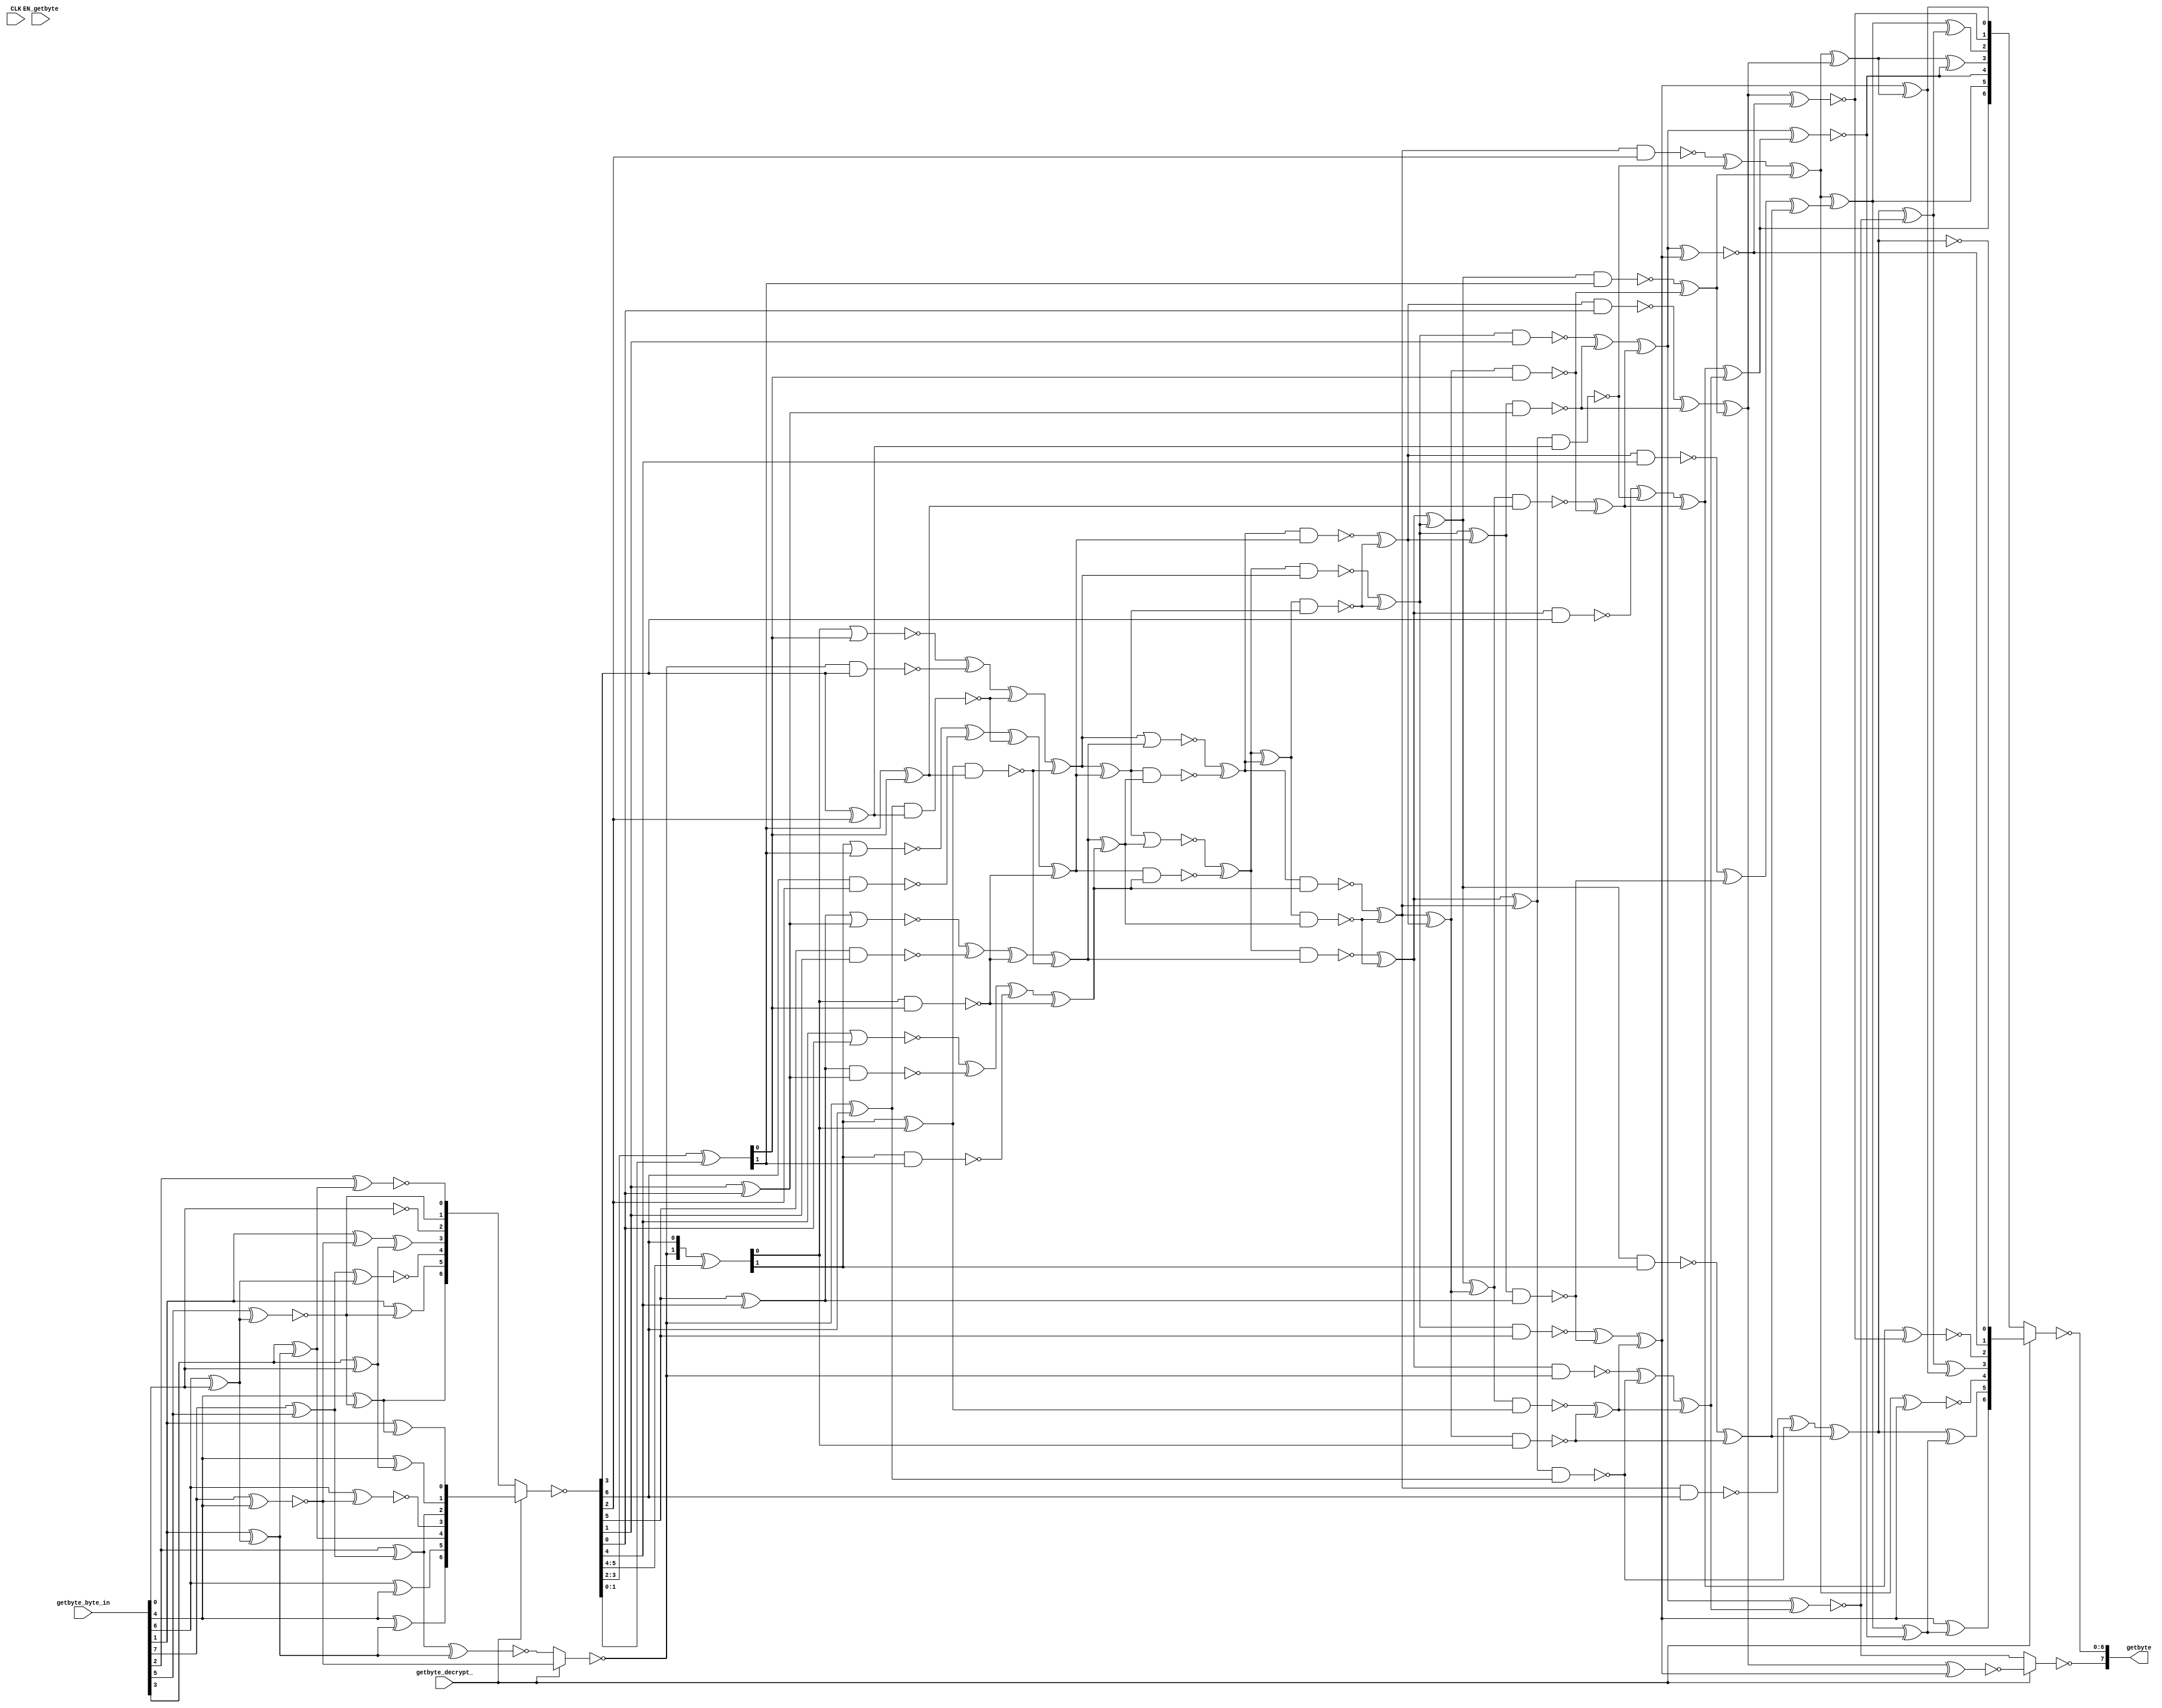
//
// Generated by Bluespec Compiler, version 2021.07-1-gaf77efcd (build af77efcd)
//
// On Fri Jan 28 02:02:43 IST 2022
//
//
// Ports:
// Name                         I/O  size props
// getbyte                        O     8
// CLK                            I     1 unused
// getbyte_byte_in                I     8
// getbyte_decrypt_               I     1
// EN_getbyte                     I     1 unused
//
// Combinational paths from inputs to outputs:
//   (getbyte_byte_in, getbyte_decrypt_) -> getbyte
//
//

`ifdef BSV_ASSIGNMENT_DELAY
`else
  `define BSV_ASSIGNMENT_DELAY
`endif

`ifdef BSV_POSITIVE_RESET
  `define BSV_RESET_VALUE 1'b1
  `define BSV_RESET_EDGE posedge
`else
  `define BSV_RESET_VALUE 1'b0
  `define BSV_RESET_EDGE negedge
`endif

module mkSbox2(CLK,

	       getbyte_byte_in,
	       getbyte_decrypt_,
	       EN_getbyte,
	       getbyte);
  input  CLK;

  // actionvalue method getbyte
  input  [7 : 0] getbyte_byte_in;
  input  getbyte_decrypt_;
  input  EN_getbyte;
  output [7 : 0] getbyte;

  // signals for module outputs
  wire [7 : 0] getbyte;

  // remaining internal signals
  wire [6 : 0] IF_getbyte_decrypt_THEN_INV_INV_INV_INV_INV_IF_ETC___d229,
	       IF_getbyte_decrypt_THEN_getbyte_byte_in_BIT_4__ETC___d44,
	       INV_IF_getbyte_decrypt_THEN_getbyte_byte_in_BI_ETC__q1;
  wire [4 : 0] INV_INV_INV_INV_INV_INV_IF_getbyte_decrypt_THE_ETC___d222,
	       INV_INV_INV_INV_INV_INV_IF_getbyte_decrypt_THE_ETC___d227,
	       INV_getbyte_byte_in_BIT_7_XOR_getbyte_byte_in__ETC___d42,
	       getbyte_byte_in_BIT_3_0_XOR_getbyte_byte_in_BI_ETC___d31;
  wire [1 : 0] INV_IF_getbyte_decrypt_THEN_INV_getbyte_byte_i_ETC___d49,
	       INV_IF_getbyte_decrypt_THEN_getbyte_byte_in_BI_ETC___d53,
	       x__h476;
  wire IF_getbyte_decrypt_THEN_INV_INV_INV_INV_INV_IN_ETC___d178,
       IF_getbyte_decrypt_THEN_INV_getbyte_byte_in_BI_ETC___d16,
       INV_getbyte_byte_in_BIT_7_XOR_getbyte_byte_in__ETC___d4,
       aaa__h195,
       abcd__h229,
       abcd__h2336,
       abcd__h2850,
       abcd__h308,
       abcd__h3087,
       abcd__h3397,
       ah__h194,
       al__h193,
       bb__h198,
       bh__h197,
       bl__h196,
       c1__h199,
       c2__h200,
       c3__h201,
       dd__h207,
       dh__h206,
       dl__h205,
       p_BIT_0___h3739,
       p_BIT_1___h3571,
       p_BIT_2___h3656,
       p_BIT_3___h3614,
       p__h230,
       p__h2623,
       p__h2851,
       p__h3088,
       p__h3262,
       p__h3398,
       qq_BIT_0___h3676,
       qq_BIT_1___h3821,
       qq_BIT_2___h3759,
       qq_BIT_3___h3591,
       qq__h231,
       qq__h2624,
       qq__h2852,
       qq__h3089,
       qq__h3263,
       qq__h3399,
       r1__h27,
       r3__h29,
       r4__h30,
       r5__h31,
       r6__h32,
       r7__h33,
       r8__h34,
       r9__h35,
       sa__h299,
       sb__h300,
       sd__h303,
       t10__h53,
       t1__h44,
       t2__h45,
       t3__h46,
       t4__h47,
       t5__h48,
       t6__h49,
       t7__h50,
       t8__h51,
       t9__h52,
       t__h2622,
       t__h3261,
       x__h1331,
       x__h1386,
       x__h1488,
       x__h1584,
       x__h1585,
       x__h1586,
       x__h1588,
       x__h1633,
       x__h1688,
       x__h1735,
       x__h1736,
       x__h1737,
       x__h1739,
       x__h1830,
       x__h1874,
       x__h1875,
       x__h1877,
       x__h1879,
       x__h1922,
       x__h1923,
       x__h2013,
       x__h2125,
       x__h2127,
       x__h2128,
       x__h2223,
       x__h2291,
       x__h2292,
       x__h2353,
       x__h2354,
       x__h2409,
       x__h2422,
       x__h2423,
       x__h246,
       x__h247,
       x__h2519,
       x__h2522,
       x__h2577,
       x__h2578,
       x__h2638,
       x__h2639,
       x__h2642,
       x__h2744,
       x__h2801,
       x__h2802,
       x__h2867,
       x__h2868,
       x__h2965,
       x__h2968,
       x__h3023,
       x__h3024,
       x__h3104,
       x__h3105,
       x__h3203,
       x__h3216,
       x__h3217,
       x__h325,
       x__h326,
       x__h327,
       x__h3277,
       x__h3278,
       x__h3291,
       x__h3348,
       x__h3349,
       x__h3414,
       x__h3415,
       x__h3512,
       x__h3525,
       x__h3526,
       x__h387,
       x__h389,
       x__h390,
       x__h447,
       x__h448,
       x__h449,
       x__h451,
       x__h819,
       y__h1587,
       y__h1738,
       y__h1876,
       y__h1878,
       y__h2027,
       y__h2082,
       y__h2126,
       y__h2237,
       y__h2523,
       y__h2643,
       y__h2969,
       y__h328,
       y__h388,
       y__h450;

  // actionvalue method getbyte
  assign getbyte =
	     { ~IF_getbyte_decrypt_THEN_INV_INV_INV_INV_INV_IN_ETC___d178,
	       ~IF_getbyte_decrypt_THEN_INV_INV_INV_INV_INV_IF_ETC___d229 } ;

  // remaining internal signals
  assign IF_getbyte_decrypt_THEN_INV_INV_INV_INV_INV_IF_ETC___d229 =
	     getbyte_decrypt_ ?
	       { qq_BIT_1___h3821 ^ t10__h53,
		 qq_BIT_2___h3759 ^ t10__h53,
		 INV_INV_INV_INV_INV_INV_IF_getbyte_decrypt_THE_ETC___d222 } :
	       { t1__h44,
		 t3__h46,
		 INV_INV_INV_INV_INV_INV_IF_getbyte_decrypt_THE_ETC___d227 } ;
  assign IF_getbyte_decrypt_THEN_INV_INV_INV_INV_INV_IN_ETC___d178 =
	     getbyte_decrypt_ ?
	       ~(p_BIT_0___h3739 ^ qq_BIT_1___h3821) :
	       t4__h47 ;
  assign IF_getbyte_decrypt_THEN_INV_getbyte_byte_in_BI_ETC___d16 =
	     getbyte_decrypt_ ?
	       INV_getbyte_byte_in_BIT_7_XOR_getbyte_byte_in__ETC___d4 :
	       ~(r7__h33 ^ r8__h34) ;
  assign IF_getbyte_decrypt_THEN_getbyte_byte_in_BIT_4__ETC___d44 =
	     getbyte_decrypt_ ?
	       { getbyte_byte_in[4] ^ r8__h34,
		 getbyte_byte_in[6] ^ getbyte_byte_in[4],
		 getbyte_byte_in_BIT_3_0_XOR_getbyte_byte_in_BI_ETC___d31 } :
	       { r5__h31,
		 getbyte_byte_in[1] ^ r4__h30,
		 INV_getbyte_byte_in_BIT_7_XOR_getbyte_byte_in__ETC___d42 } ;
  assign INV_IF_getbyte_decrypt_THEN_INV_getbyte_byte_i_ETC___d49 =
	     x__h476 ^
	     INV_IF_getbyte_decrypt_THEN_getbyte_byte_in_BI_ETC__q1[5:4] ;
  assign INV_IF_getbyte_decrypt_THEN_getbyte_byte_in_BI_ETC___d53 =
	     INV_IF_getbyte_decrypt_THEN_getbyte_byte_in_BI_ETC__q1[3:2] ^
	     INV_IF_getbyte_decrypt_THEN_getbyte_byte_in_BI_ETC__q1[1:0] ;
  assign INV_IF_getbyte_decrypt_THEN_getbyte_byte_in_BI_ETC__q1 =
	     ~IF_getbyte_decrypt_THEN_getbyte_byte_in_BIT_4__ETC___d44 ;
  assign INV_INV_INV_INV_INV_INV_IF_getbyte_decrypt_THE_ETC___d222 =
	     { ~(p_BIT_2___h3656 ^ qq_BIT_1___h3821),
	       t8__h51 ^ t9__h52,
	       ~(p_BIT_3___h3614 ^ t7__h50),
	       t6__h49,
	       ~qq_BIT_2___h3759 } ;
  assign INV_INV_INV_INV_INV_INV_IF_getbyte_decrypt_THE_ETC___d227 =
	     { t5__h48,
	       t2__h45 ^ t5__h48,
	       t3__h46 ^ t8__h51,
	       t7__h50,
	       t9__h52 } ;
  assign INV_getbyte_byte_in_BIT_7_XOR_getbyte_byte_in__ETC___d4 =
	     ~(getbyte_byte_in[7] ^ getbyte_byte_in[4]) ;
  assign INV_getbyte_byte_in_BIT_7_XOR_getbyte_byte_in__ETC___d42 =
	     { ~(r1__h27 ^ r3__h29),
	       x__h819 ^ r6__h32,
	       ~getbyte_byte_in[0],
	       r4__h30,
	       ~(getbyte_byte_in[2] ^ r9__h35) } ;
  assign aaa__h195 =
	     INV_IF_getbyte_decrypt_THEN_INV_getbyte_byte_i_ETC___d49[1] ^
	     INV_IF_getbyte_decrypt_THEN_INV_getbyte_byte_i_ETC___d49[0] ;
  assign abcd__h229 = ~x__h2519 ;
  assign abcd__h2336 = ~x__h2409 ;
  assign abcd__h2850 = ~x__h2965 ;
  assign abcd__h308 = ~x__h2223 ;
  assign abcd__h3087 = ~x__h3203 ;
  assign abcd__h3397 = ~x__h3512 ;
  assign ah__h194 =
	     ~IF_getbyte_decrypt_THEN_INV_getbyte_byte_in_BI_ETC___d16 ^
	     INV_IF_getbyte_decrypt_THEN_getbyte_byte_in_BI_ETC__q1[6] ;
  assign al__h193 =
	     INV_IF_getbyte_decrypt_THEN_getbyte_byte_in_BI_ETC__q1[5] ^
	     INV_IF_getbyte_decrypt_THEN_getbyte_byte_in_BI_ETC__q1[4] ;
  assign bb__h198 =
	     INV_IF_getbyte_decrypt_THEN_getbyte_byte_in_BI_ETC___d53[1] ^
	     INV_IF_getbyte_decrypt_THEN_getbyte_byte_in_BI_ETC___d53[0] ;
  assign bh__h197 =
	     INV_IF_getbyte_decrypt_THEN_getbyte_byte_in_BI_ETC__q1[3] ^
	     INV_IF_getbyte_decrypt_THEN_getbyte_byte_in_BI_ETC__q1[2] ;
  assign bl__h196 =
	     INV_IF_getbyte_decrypt_THEN_getbyte_byte_in_BI_ETC__q1[1] ^
	     INV_IF_getbyte_decrypt_THEN_getbyte_byte_in_BI_ETC__q1[0] ;
  assign c1__h199 = ~x__h1386 ;
  assign c2__h200 = ~x__h1688 ;
  assign c3__h201 = ~x__h1488 ;
  assign dd__h207 = x__h2642 ^ y__h2643 ;
  assign dh__h206 = x__h2522 ^ y__h2523 ;
  assign dl__h205 = x__h2968 ^ y__h2969 ;
  assign getbyte_byte_in_BIT_3_0_XOR_getbyte_byte_in_BI_ETC___d31 =
	     { r9__h35,
	       ~(getbyte_byte_in[6] ^
		 INV_getbyte_byte_in_BIT_7_XOR_getbyte_byte_in__ETC___d4),
	       r7__h33,
	       getbyte_byte_in[4] ^ r6__h32,
	       getbyte_byte_in[1] ^ r5__h31 } ;
  assign p_BIT_0___h3739 = qq__h2852 ^ qq__h2624 ;
  assign p_BIT_1___h3571 = p__h2851 ^ p__h2623 ;
  assign p_BIT_2___h3656 = qq__h231 ^ qq__h2624 ;
  assign p_BIT_3___h3614 = p__h230 ^ p__h2623 ;
  assign p__h230 = x__h246 ^ abcd__h229 ;
  assign p__h2623 = x__h2638 ^ t__h2622 ;
  assign p__h2851 = x__h2867 ^ abcd__h2850 ;
  assign p__h3088 = x__h3104 ^ abcd__h3087 ;
  assign p__h3262 = x__h3277 ^ t__h3261 ;
  assign p__h3398 = x__h3414 ^ abcd__h3397 ;
  assign qq_BIT_0___h3676 = qq__h3399 ^ qq__h3263 ;
  assign qq_BIT_1___h3821 = p__h3398 ^ p__h3262 ;
  assign qq_BIT_2___h3759 = qq__h3089 ^ qq__h3263 ;
  assign qq_BIT_3___h3591 = p__h3088 ^ p__h3262 ;
  assign qq__h231 = x__h2577 ^ abcd__h229 ;
  assign qq__h2624 = x__h2801 ^ t__h2622 ;
  assign qq__h2852 = x__h3023 ^ abcd__h2850 ;
  assign qq__h3089 = x__h3216 ^ abcd__h3087 ;
  assign qq__h3263 = x__h3348 ^ t__h3261 ;
  assign qq__h3399 = x__h3525 ^ abcd__h3397 ;
  assign r1__h27 = getbyte_byte_in[7] ^ getbyte_byte_in[5] ;
  assign r3__h29 = getbyte_byte_in[6] ^ getbyte_byte_in[0] ;
  assign r4__h30 = ~(getbyte_byte_in[5] ^ r3__h29) ;
  assign r5__h31 = getbyte_byte_in[4] ^ r4__h30 ;
  assign r6__h32 = getbyte_byte_in[3] ^ getbyte_byte_in[0] ;
  assign r7__h33 = getbyte_byte_in[2] ^ r1__h27 ;
  assign r8__h34 = getbyte_byte_in[1] ^ r3__h29 ;
  assign r9__h35 = getbyte_byte_in[3] ^ r8__h34 ;
  assign sa__h299 = x__h390 ^ y__h2027 ;
  assign sb__h300 = y__h328 ^ y__h2082 ;
  assign sd__h303 = x__h327 ^ y__h2237 ;
  assign t10__h53 = t3__h46 ^ t5__h48 ;
  assign t1__h44 = p_BIT_3___h3614 ^ qq_BIT_3___h3591 ;
  assign t2__h45 = p_BIT_2___h3656 ^ p_BIT_0___h3739 ;
  assign t3__h46 = p_BIT_2___h3656 ^ qq_BIT_0___h3676 ;
  assign t4__h47 = ~(p_BIT_1___h3571 ^ qq_BIT_3___h3591) ;
  assign t5__h48 = ~(p_BIT_1___h3571 ^ t1__h44) ;
  assign t6__h49 = ~(p_BIT_1___h3571 ^ qq_BIT_1___h3821) ;
  assign t7__h50 = ~(p_BIT_0___h3739 ^ t6__h49) ;
  assign t8__h51 = qq_BIT_2___h3759 ^ t4__h47 ;
  assign t9__h52 = qq_BIT_1___h3821 ^ t2__h45 ;
  assign t__h2622 = ~x__h2744 ;
  assign t__h3261 = ~x__h3291 ;
  assign x__h1331 =
	     ~IF_getbyte_decrypt_THEN_INV_getbyte_byte_in_BI_ETC___d16 &
	     INV_IF_getbyte_decrypt_THEN_getbyte_byte_in_BI_ETC__q1[3] ;
  assign x__h1386 = ah__h194 & bh__h197 ;
  assign x__h1488 = aaa__h195 & bb__h198 ;
  assign x__h1584 = x__h1585 ^ c1__h199 ;
  assign x__h1585 = x__h1586 ^ y__h1587 ;
  assign x__h1586 = ~x__h1588 ;
  assign x__h1588 =
	     INV_IF_getbyte_decrypt_THEN_INV_getbyte_byte_i_ETC___d49[1] |
	     INV_IF_getbyte_decrypt_THEN_getbyte_byte_in_BI_ETC___d53[1] ;
  assign x__h1633 =
	     INV_IF_getbyte_decrypt_THEN_getbyte_byte_in_BI_ETC__q1[6] &
	     INV_IF_getbyte_decrypt_THEN_getbyte_byte_in_BI_ETC__q1[2] ;
  assign x__h1688 =
	     INV_IF_getbyte_decrypt_THEN_INV_getbyte_byte_i_ETC___d49[0] &
	     INV_IF_getbyte_decrypt_THEN_getbyte_byte_in_BI_ETC___d53[0] ;
  assign x__h1735 = x__h1736 ^ c2__h200 ;
  assign x__h1736 = x__h1737 ^ y__h1738 ;
  assign x__h1737 = ~x__h1739 ;
  assign x__h1739 = al__h193 | bl__h196 ;
  assign x__h1830 =
	     INV_IF_getbyte_decrypt_THEN_getbyte_byte_in_BI_ETC__q1[5] &
	     INV_IF_getbyte_decrypt_THEN_getbyte_byte_in_BI_ETC__q1[1] ;
  assign x__h1874 = x__h1875 ^ y__h1876 ;
  assign x__h1875 = x__h1877 ^ y__h1878 ;
  assign x__h1877 = ~x__h1879 ;
  assign x__h1879 =
	     INV_IF_getbyte_decrypt_THEN_getbyte_byte_in_BI_ETC__q1[4] |
	     INV_IF_getbyte_decrypt_THEN_getbyte_byte_in_BI_ETC__q1[0] ;
  assign x__h1922 = al__h193 & bl__h196 ;
  assign x__h1923 =
	     INV_IF_getbyte_decrypt_THEN_INV_getbyte_byte_i_ETC___d49[1] &
	     INV_IF_getbyte_decrypt_THEN_getbyte_byte_in_BI_ETC___d53[1] ;
  assign x__h2013 = sa__h299 & sb__h300 ;
  assign x__h2125 = ~x__h2127 ;
  assign x__h2127 = sa__h299 | sb__h300 ;
  assign x__h2128 = y__h2027 & y__h2082 ;
  assign x__h2223 = sd__h303 & sb__h300 ;
  assign x__h2291 = ~x__h2292 ;
  assign x__h2292 = y__h2237 & y__h2082 ;
  assign x__h2353 = ~x__h2354 ;
  assign x__h2354 = x__h327 & x__h390 ;
  assign x__h2409 = sd__h303 & sa__h299 ;
  assign x__h2422 = ~x__h2423 ;
  assign x__h2423 = y__h2237 & y__h2027 ;
  assign x__h246 = ~x__h247 ;
  assign x__h247 =
	     x__h2522 &
	     INV_IF_getbyte_decrypt_THEN_getbyte_byte_in_BI_ETC__q1[3] ;
  assign x__h2519 = dh__h206 & bh__h197 ;
  assign x__h2522 = x__h325 ^ abcd__h308 ;
  assign x__h2577 = ~x__h2578 ;
  assign x__h2578 =
	     y__h2523 &
	     INV_IF_getbyte_decrypt_THEN_getbyte_byte_in_BI_ETC__q1[2] ;
  assign x__h2638 = ~x__h2639 ;
  assign x__h2639 = dd__h207 & bb__h198 ;
  assign x__h2642 = x__h2522 ^ x__h2968 ;
  assign x__h2744 =
	     y__h2643 &
	     INV_IF_getbyte_decrypt_THEN_getbyte_byte_in_BI_ETC___d53[0] ;
  assign x__h2801 = ~x__h2802 ;
  assign x__h2802 =
	     x__h2642 &
	     INV_IF_getbyte_decrypt_THEN_getbyte_byte_in_BI_ETC___d53[1] ;
  assign x__h2867 = ~x__h2868 ;
  assign x__h2868 =
	     x__h2968 &
	     INV_IF_getbyte_decrypt_THEN_getbyte_byte_in_BI_ETC__q1[1] ;
  assign x__h2965 = dl__h205 & bl__h196 ;
  assign x__h2968 = x__h2353 ^ abcd__h2336 ;
  assign x__h3023 = ~x__h3024 ;
  assign x__h3024 =
	     y__h2969 &
	     INV_IF_getbyte_decrypt_THEN_getbyte_byte_in_BI_ETC__q1[0] ;
  assign x__h3104 = ~x__h3105 ;
  assign x__h3105 =
	     x__h2522 &
	     ~IF_getbyte_decrypt_THEN_INV_getbyte_byte_in_BI_ETC___d16 ;
  assign x__h3203 = dh__h206 & ah__h194 ;
  assign x__h3216 = ~x__h3217 ;
  assign x__h3217 =
	     y__h2523 &
	     INV_IF_getbyte_decrypt_THEN_getbyte_byte_in_BI_ETC__q1[6] ;
  assign x__h325 = ~x__h326 ;
  assign x__h326 = x__h327 & y__h328 ;
  assign x__h327 = x__h2125 ^ y__h2126 ;
  assign x__h3277 = ~x__h3278 ;
  assign x__h3278 = dd__h207 & aaa__h195 ;
  assign x__h3291 =
	     y__h2643 &
	     INV_IF_getbyte_decrypt_THEN_INV_getbyte_byte_i_ETC___d49[0] ;
  assign x__h3348 = ~x__h3349 ;
  assign x__h3349 =
	     x__h2642 &
	     INV_IF_getbyte_decrypt_THEN_INV_getbyte_byte_i_ETC___d49[1] ;
  assign x__h3414 = ~x__h3415 ;
  assign x__h3415 =
	     x__h2968 &
	     INV_IF_getbyte_decrypt_THEN_getbyte_byte_in_BI_ETC__q1[5] ;
  assign x__h3512 = dl__h205 & al__h193 ;
  assign x__h3525 = ~x__h3526 ;
  assign x__h3526 =
	     y__h2969 &
	     INV_IF_getbyte_decrypt_THEN_getbyte_byte_in_BI_ETC__q1[4] ;
  assign x__h387 = ~x__h389 ;
  assign x__h389 = x__h390 | y__h328 ;
  assign x__h390 = x__h447 ^ c3__h201 ;
  assign x__h447 = x__h448 ^ c1__h199 ;
  assign x__h448 = x__h449 ^ y__h450 ;
  assign x__h449 = ~x__h451 ;
  assign x__h451 =
	     INV_IF_getbyte_decrypt_THEN_INV_getbyte_byte_i_ETC___d49[0] |
	     INV_IF_getbyte_decrypt_THEN_getbyte_byte_in_BI_ETC___d53[0] ;
  assign x__h476 =
	     { ~IF_getbyte_decrypt_THEN_INV_getbyte_byte_in_BI_ETC___d16,
	       INV_IF_getbyte_decrypt_THEN_getbyte_byte_in_BI_ETC__q1[6] } ;
  assign x__h819 =
	     getbyte_byte_in[1] ^
	     INV_getbyte_byte_in_BIT_7_XOR_getbyte_byte_in__ETC___d4 ;
  assign y__h1587 = ~x__h1633 ;
  assign y__h1738 = ~x__h1830 ;
  assign y__h1876 = ~x__h1923 ;
  assign y__h1878 = ~x__h1922 ;
  assign y__h2027 = x__h1584 ^ c2__h200 ;
  assign y__h2082 = x__h1874 ^ c2__h200 ;
  assign y__h2126 = ~x__h2128 ;
  assign y__h2237 = x__h387 ^ y__h388 ;
  assign y__h2523 = x__h2291 ^ abcd__h308 ;
  assign y__h2643 = y__h2523 ^ y__h2969 ;
  assign y__h2969 = x__h2422 ^ abcd__h2336 ;
  assign y__h328 = x__h1735 ^ c3__h201 ;
  assign y__h388 = ~x__h2013 ;
  assign y__h450 = ~x__h1331 ;
endmodule  // mkSbox2